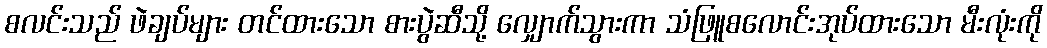
စလင်းသည် ဖဲချပ်များ တင်ထားသော စားပွဲဆီသို့ လျှောက်သွားကာ သံဖြူစလောင်းအုပ်ထားသော မီးလုံးကို